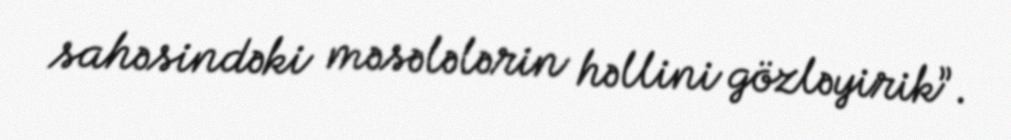
sahəsindəki məsələlərin həllini gözləyirik”.